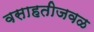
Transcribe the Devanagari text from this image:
वसाहतीजवळ